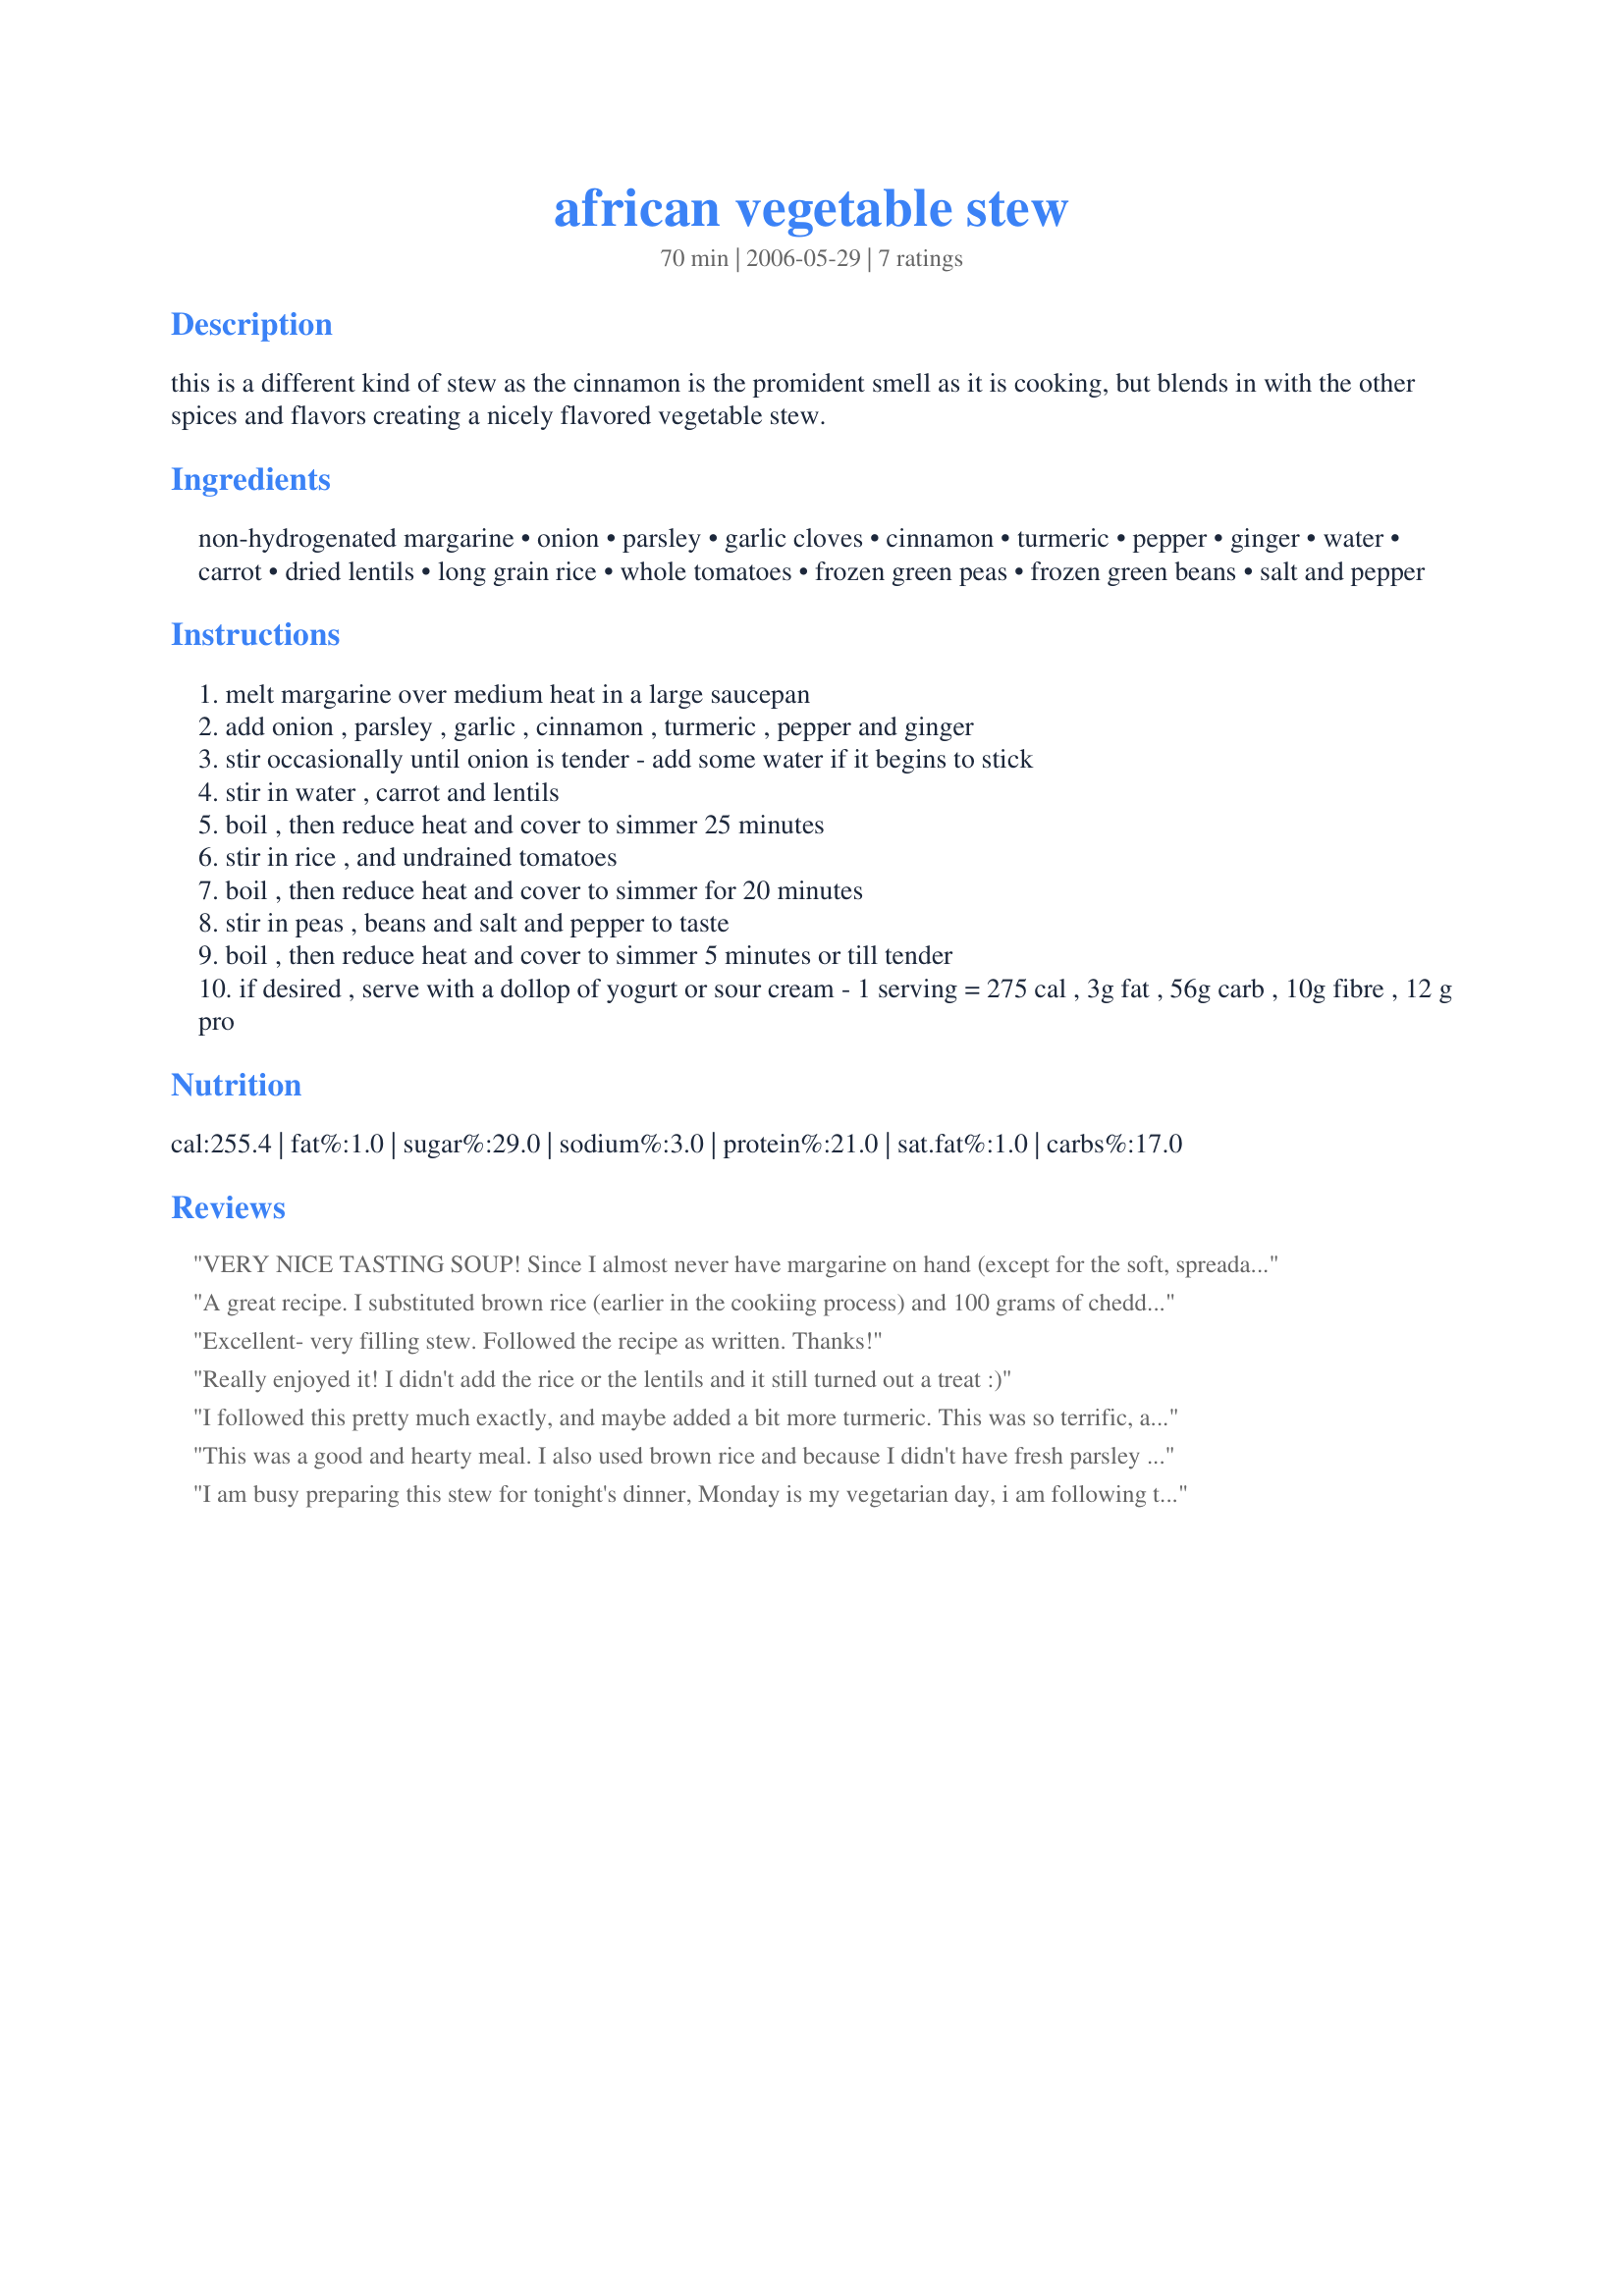
african vegetable stew
Preparation time: 70 minutes

this is a different kind of stew as the cinnamon is the promident smell as it is cooking, but blends in with the other spices and flavors creating a nicely flavored vegetable stew.

Ingredients:
non-hydrogenated margarine, onion, parsley, garlic cloves, cinnamon, turmeric, pepper, ginger, water, carrot, dried lentils, long grain rice, whole tomatoes, frozen green peas, frozen green beans, salt and pepper

Steps:
melt margarine over medium heat in a large saucepan
add onion , parsley , garlic , cinnamon , turmeric , pepper and ginger
stir occasionally until onion is tender - add some water if it begins to stick
stir in water , carrot and lentils
boil , then reduce heat and cover to simmer 25 minutes
stir in rice , and undrained tomatoes
boil , then reduce heat and cover to simmer for 20 minutes
stir in peas , beans and salt and pepper to taste
boil , then reduce heat and cover to simmer 5 minutes or till tender
if desired , serve with a dollop of yogurt or sour cream - 1 serving = 275 cal , 3g fat , 56g carb , 10g fibre , 12 g pro

Reviews:
VERY NICE TASTING SOUP! Since I almost never have margarine on hand (except for the soft, spreadable kind in a tub) I used unsalted butter, & the garlic cloves were large ones, & all other ingredients were as listed, although I did top my bowl with some shredded colby jack cheese! Made for an enjoyable & healthy lunch ~ Thanks for sharing! [Made & reviewed while touring South & Central America on the Zaar World Tour 4]
A great recipe. I substituted brown rice (earlier in the cookiing process) and 100 grams of cheddar cheese cubes for added some richness.
Excellent- very filling stew. Followed the recipe as written. Thanks!
Really enjoyed it! I didn't add the rice or the lentils and it still turned out a treat :)
I followed this pretty much exactly, and maybe added a bit more turmeric. This was so terrific, and even though quite hot here in Maryland, this really made the day very special. This had a wonderful bite, with the cinnamon, lentils and ginger. I topped mine off with some yogurt and will make this again, most likely a lot in the fall time. Very easy to put together, and especially loved the parsley addition too. Thanks, Luv2Bake. Made for *ZWT4* June 2008.
This was a good and hearty meal. I also used brown rice and because I didn't have fresh parsley I used some fresh cilantro I had that needed to be used up. I also had to skip the beans because I didn't have any of those either. Despite all of that this tasted good and was really filling. Made for ZWT4.
I am busy preparing this stew for tonight's dinner, Monday is my vegetarian day, i am following the exact ingredients except i didn't add the teaspoon of cinnamon but instead added a stick of Ceylon Cinnamon.
